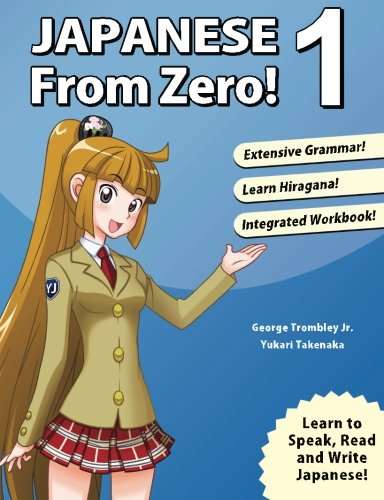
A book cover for Japanese from Zero! 1: Proven Techniques to Learn Japanese for Students and Professionals (Volume 1) (Japanese Edition); George Trombley; Reference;